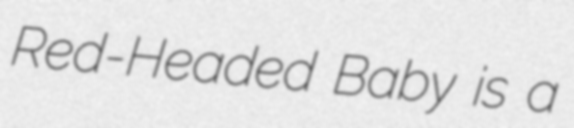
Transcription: Red-Headed Baby is a